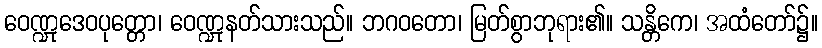
ဝေဏ္ဍုဒေဝပုတ္တော၊ ဝေဏ္ဍုနတ်သားသည်။ ဘဂဝတော၊ မြတ်စွာဘုရား၏။ သန္တိကေ၊ အထံတော်၌။